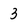
Character: 3